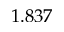
1 . 8 3 7